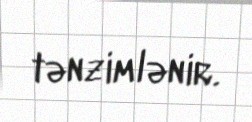
tənzimlənir.